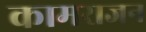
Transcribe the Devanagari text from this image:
कामराजन